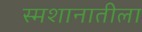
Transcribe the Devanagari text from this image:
स्मशानातीला